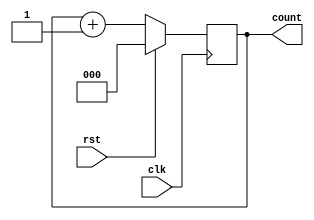
//3 bit Upcounter using behaviour modelling
// Verilog HDL
module upcounter(clk,rst,count);
input clk,rst;
  output reg [2:0]count; //3-bit up counter - increase the counter value by incrementing the bit
  always@(posedge clk) begin
    if(rst==1) count=0; // for single line dont need begin end
    else count=count+1;
  end
endmodule